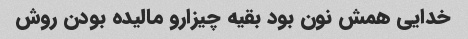
خدایی همش نون بود بقیه چیزارو مالیده بودن روش